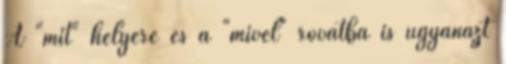
A "mit" helyere es a "mivel" rovatba is ugyanazt